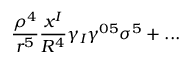
\frac { \rho ^ { 4 } } { r ^ { 5 } } \frac { x ^ { I } } { R ^ { 4 } } \gamma _ { I } \gamma ^ { 0 5 } \sigma ^ { 5 } + . . .